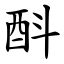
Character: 酙